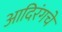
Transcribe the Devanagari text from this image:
आदिरंगचे